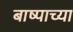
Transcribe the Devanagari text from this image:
बाष्पाच्या